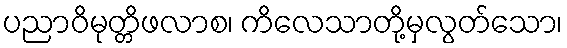
ပညာဝိမုတ္တိဖလာစ၊ ကိလေသာတို့မှလွတ်သော၊